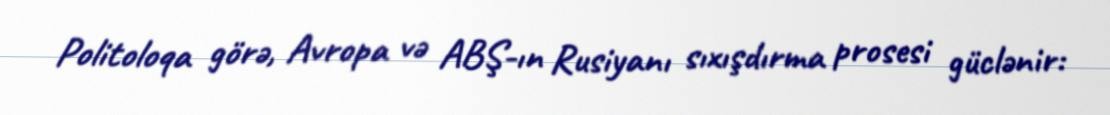
Politoloqa görə, Avropa və ABŞ-ın Rusiyanı sıxışdırma prosesi güclənir: